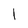
Character: l